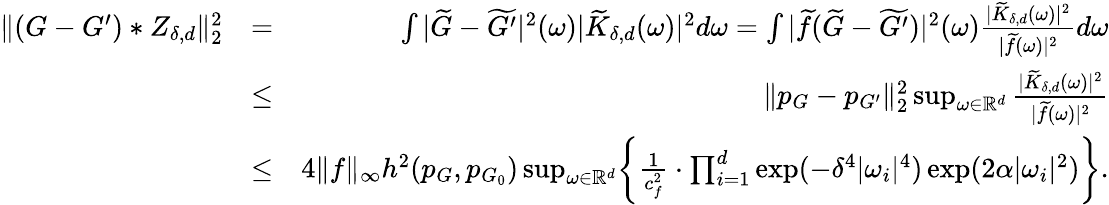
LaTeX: \begin{array}{rlr}{\| (G-G^{\prime})*Z_{\delta,d}\| _{2}^{2}}&{=}&{\int|\widetilde{G}-\widetilde{G^{\prime}}|^{2}(\omega)|\widetilde{K}_{\delta,d}(\omega)|^{2}d\omega=\int|\widetilde{f}(\widetilde{G}-\widetilde{G^{\prime}})|^{2}(\omega)\frac{|\widetilde{K}_{\delta,d}(\omega)|^{2}}{|\widetilde{f}(\omega)|^{2}}d\omega}\\ &{\leq}&{\| p_{G}-p_{G^{\prime}}\| _{2}^{2}\operatorname*{sup}_{\omega\in\mathbb{R}^{d}}\frac{|\widetilde{K}_{\delta,d}(\omega)|^{2}}{|\widetilde{f}(\omega)|^{2}}}\\ &{\leq}&{4\| f\| _{\infty}h^{2}(p_{G},p_{G_{0}})\operatorname*{sup}_{\omega\in\mathbb{R}^{d}}\biggr\{ \frac{1}{c_{f}^{2}}\cdot\prod_{i=1}^{d}\exp(-\delta^{4}|\omega_{i}|^{4})\exp(2\alpha|\omega_{i}|^{2})\biggr\} .}\end{array}